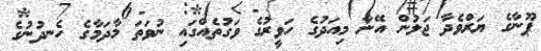
ޕޫނާގެ ޔަރްވެދާ ޖަލުން އޭނާ މިއަދުގެ ހަވީރުގެ ވަގުތެއްގައި ނުވަތަ މާދަމާގެ ހެނދުނުގެ